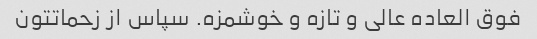
فوق العاده عالی و تازه و خوشمزه. سپاس از زحماتتون